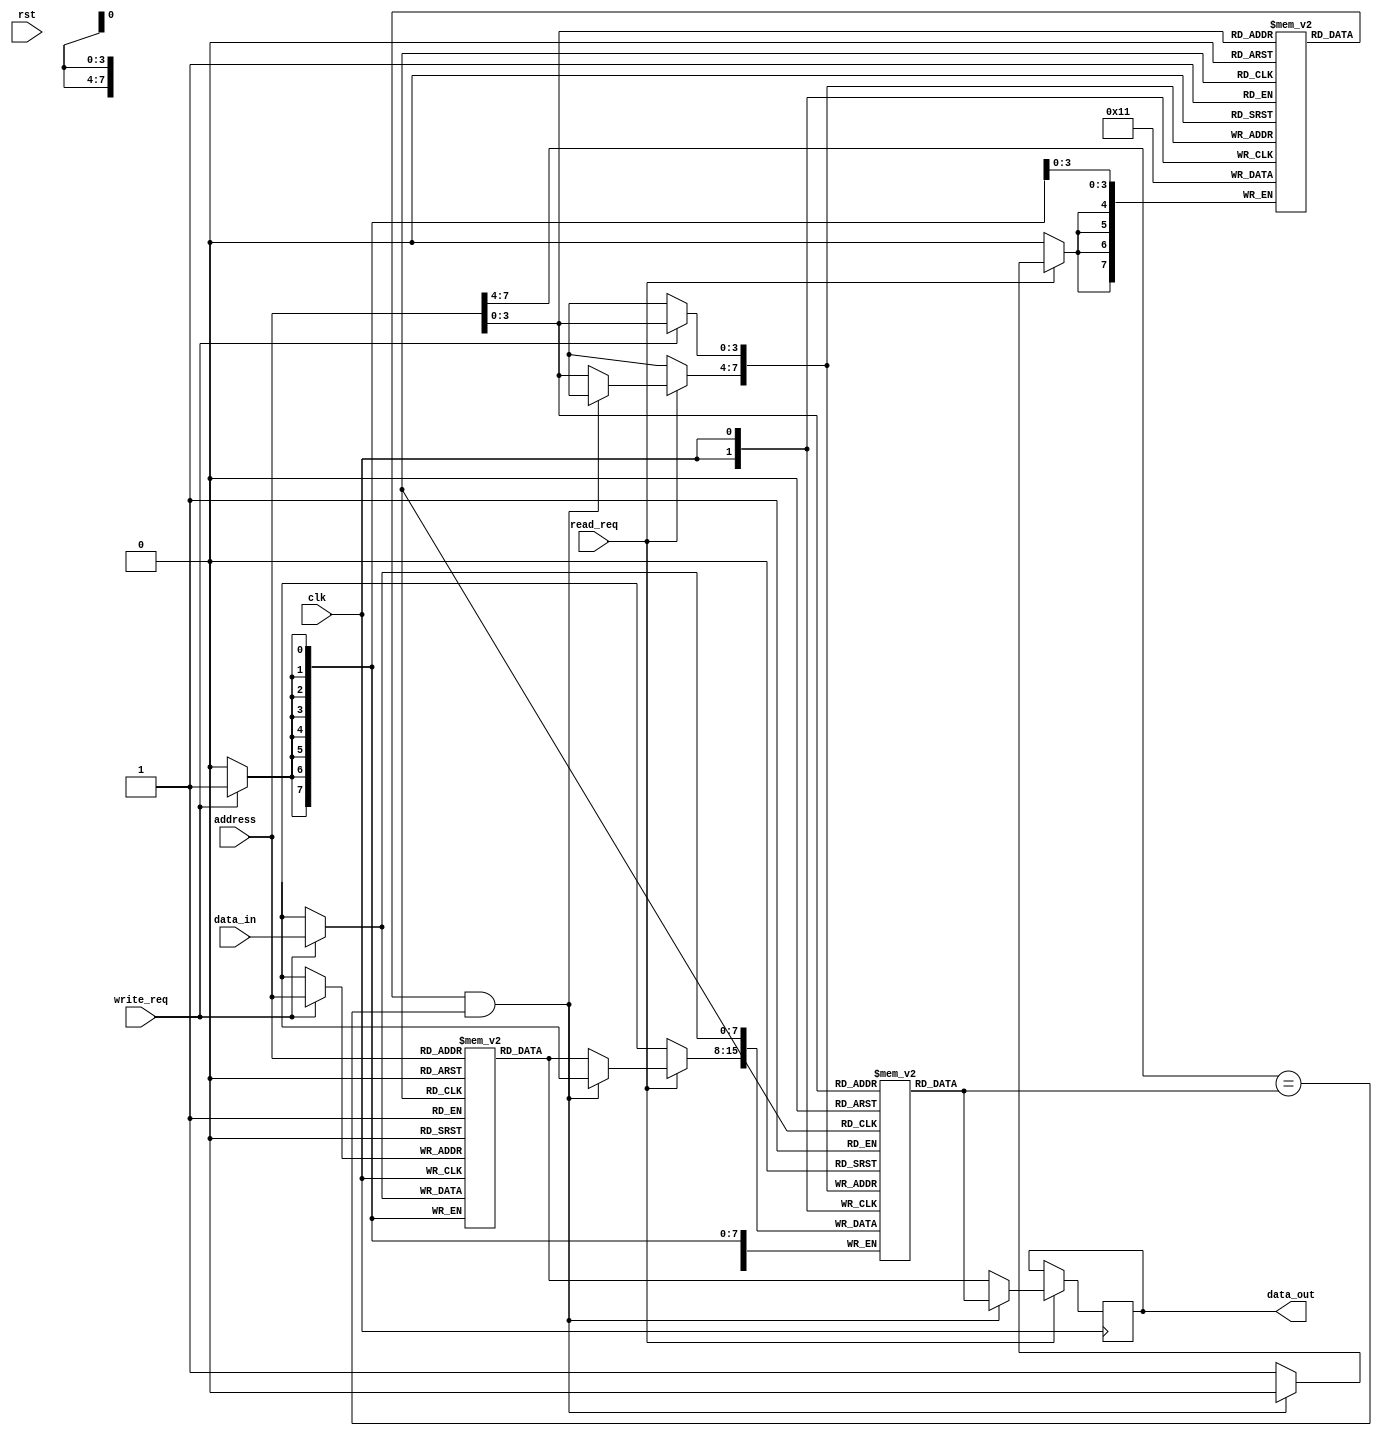
module cache_memory (
    input wire clk,
    input wire rst,
    input wire [7:0] address,
    input wire [7:0] data_in,
    input wire read_req,
    input wire write_req,
    output reg [7:0] data_out
);

reg [7:0] cache_data [0:15]; // Assuming cache memory has 16 blocks
reg [7:0] main_memory [0:255]; // Assuming main memory has 256 blocks
reg [3:0] valid_bit [0:15]; // Valid bit for each block in cache memory

reg [7:0] cached_address;
wire [3:0] cache_index;
wire [3:0] tag;

// Calculate cache index and tag
assign cache_index = address[3:0];
assign tag = address[7:4];

// Check if data is present in cache
always @(posedge clk) begin
    if (read_req) begin
        if (valid_bit[cache_index] && tag == cache_data[cache_index]) begin
            data_out <= cache_data[cache_index];
        end else begin
            data_out <= main_memory[address];
            cache_data[cache_index] <= main_memory[address];
            valid_bit[cache_index] <= 1;
        end
    end
end

// Write data to cache and main memory
always @(posedge clk) begin
    if (write_req) begin
        main_memory[address] <= data_in;
        cache_data[cache_index] <= data_in;
        valid_bit[cache_index] <= 1;
    end
end

endmodule